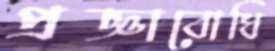
প্রজ্ঞাবোধি